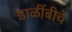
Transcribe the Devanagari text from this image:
डाळींबीचे